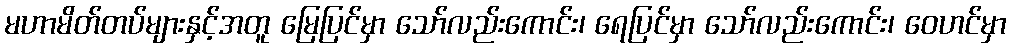
မဟာမိတ်တပ်များနှင့်အတူ မြေပြင်မှာ သော်လည်းကောင်း၊ ရေပြင်မှာ သော်လည်းကောင်း၊ ဝေဟင်မှာ